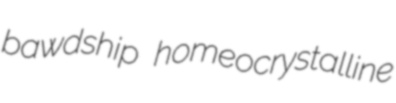
bawdship homeocrystalline